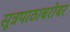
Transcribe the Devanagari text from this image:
सूत्रपाठाबरोबर